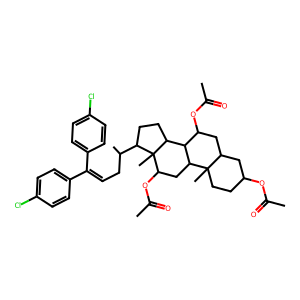
SMILES: CC(=O)OC1CCC2(C)C(C1)CC(OC(C)=O)C1C2CC(OC(C)=O)C2(C)C(C(C)CC=C(c3ccc(Cl)cc3)c3ccc(Cl)cc3)CCC12
Inhibits HIV replication: No